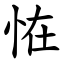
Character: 恠